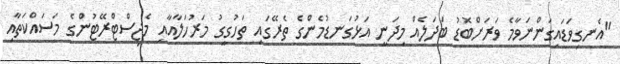
"އެނގިވަޑައިގަންނަވާމެ ވަރަށްބޮޑު ބަދަލެއް މިދަނީ އަޅުގަނޑުމެންގެ ތެރޭގައި ތަހުގީގު މަރުހަލާއާއި މެޖިސްޓްރޭޓުންގެ މަސައްކަތާއި